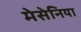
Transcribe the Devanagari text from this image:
मेसेनिया